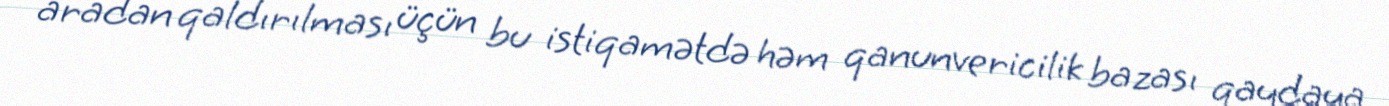
aradan qaldırılması üçün bu istiqamətdə həm qanunvericilik bazası qaydaya